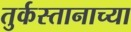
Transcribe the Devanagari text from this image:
तुर्कस्तानाच्या